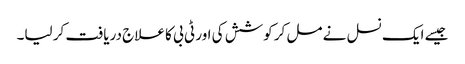
جیسے ایک نسل نے مل کر کوشش کی اور ٹی بی کا علاج دریافت کر لیا۔